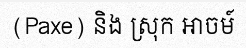
(Paxe) និង ស្រុក អាចម៍